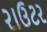
રાઉટર